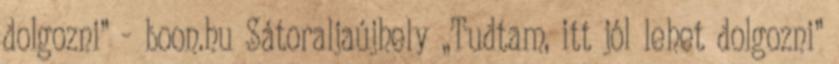
dolgozni” - boon.hu Sátoraljaújhely „Tudtam, itt jól lehet dolgozni”